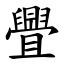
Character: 舋